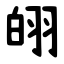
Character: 䎅